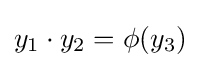
y_{1}\cdot y_{2}=\phi (y_{3})